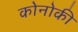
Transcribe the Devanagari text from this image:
कोनोकी